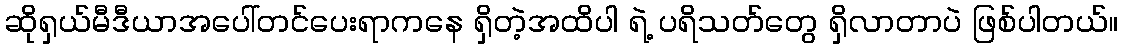
ဆိုရှယ်မီဒီယာအပေါ်တင်ပေးရာကနေ ရှိတဲ့အထိပါ ရဲ့ ပရိသတ်တွေ ရှိလာတာပဲ ဖြစ်ပါတယ်။